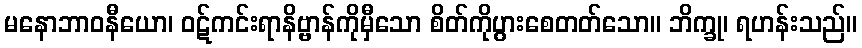
မနောဘာဝနီယော၊ ဝဋ်ကင်းရာနိဗ္ဗာန်ကိုမှီသော စိတ်ကိုပွားစေတတ်သော။ ဘိက္ခု၊ ရဟန်းသည်။